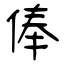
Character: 俸